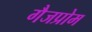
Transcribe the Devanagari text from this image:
गैजप्रोम